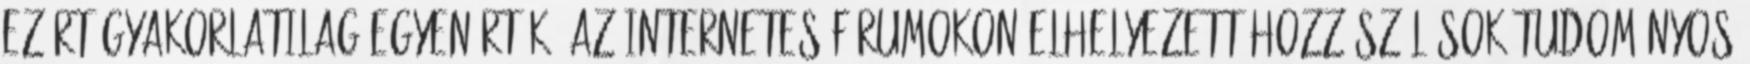
ezért gyakorlatilag egyenértékű az internetes fórumokon elhelyezett hozzászólások tudományos